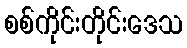
စစ်ကိုင်းတိုင်းဒေသ